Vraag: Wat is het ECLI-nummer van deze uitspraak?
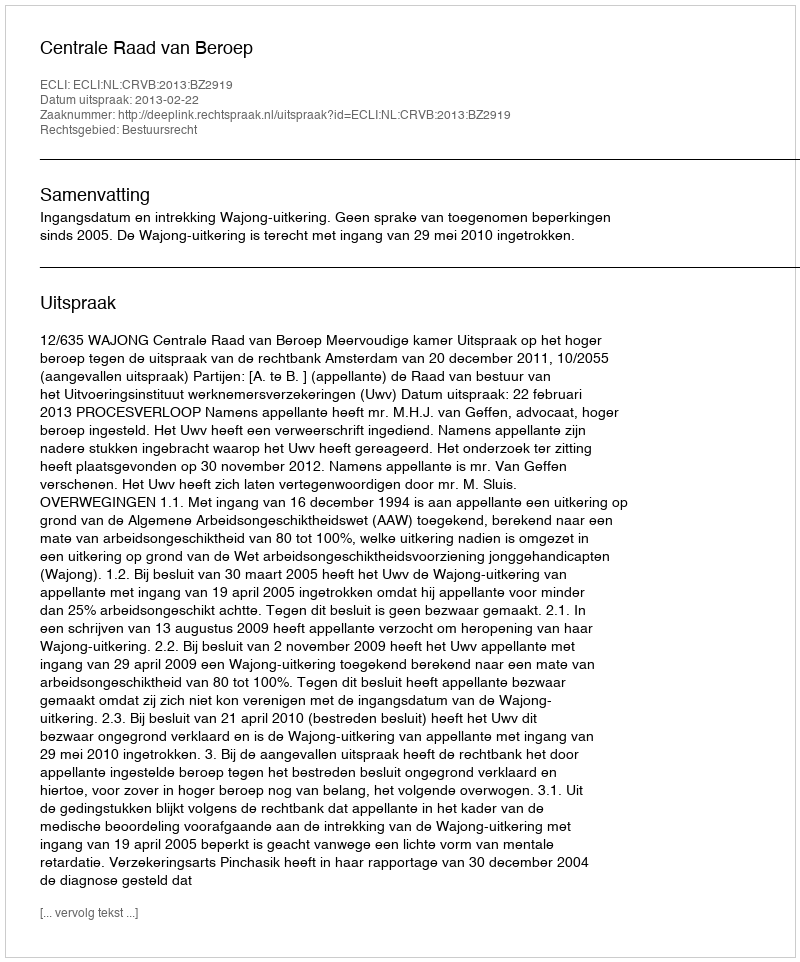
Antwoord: ECLI:NL:CRVB:2013:BZ2919